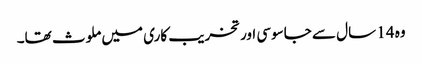
وہ 14 سال سے جاسوسی اور تخریب کاری میں ملوث تھا۔